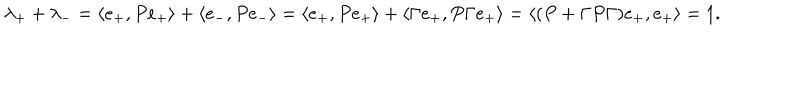
\lambda _ { + } + \lambda _ { - } = \langle e _ { + } , P e _ { + } \rangle + \langle e _ { - } , P e _ { - } \rangle = \langle e _ { + } , P e _ { + } \rangle + \langle \Gamma e _ { + } , P \Gamma e _ { + } \rangle = \langle ( P + \Gamma P \Gamma ) e _ { + } , e _ { + } \rangle = 1 .